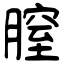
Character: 膣